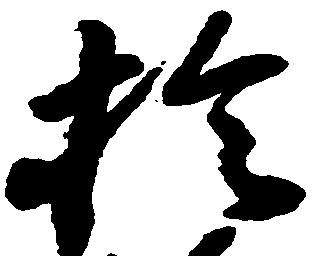
於